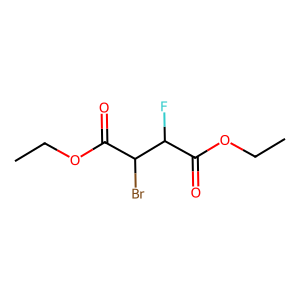
SMILES: CCOC(=O)C(F)C(Br)C(=O)OCC
Inhibits HIV replication: No